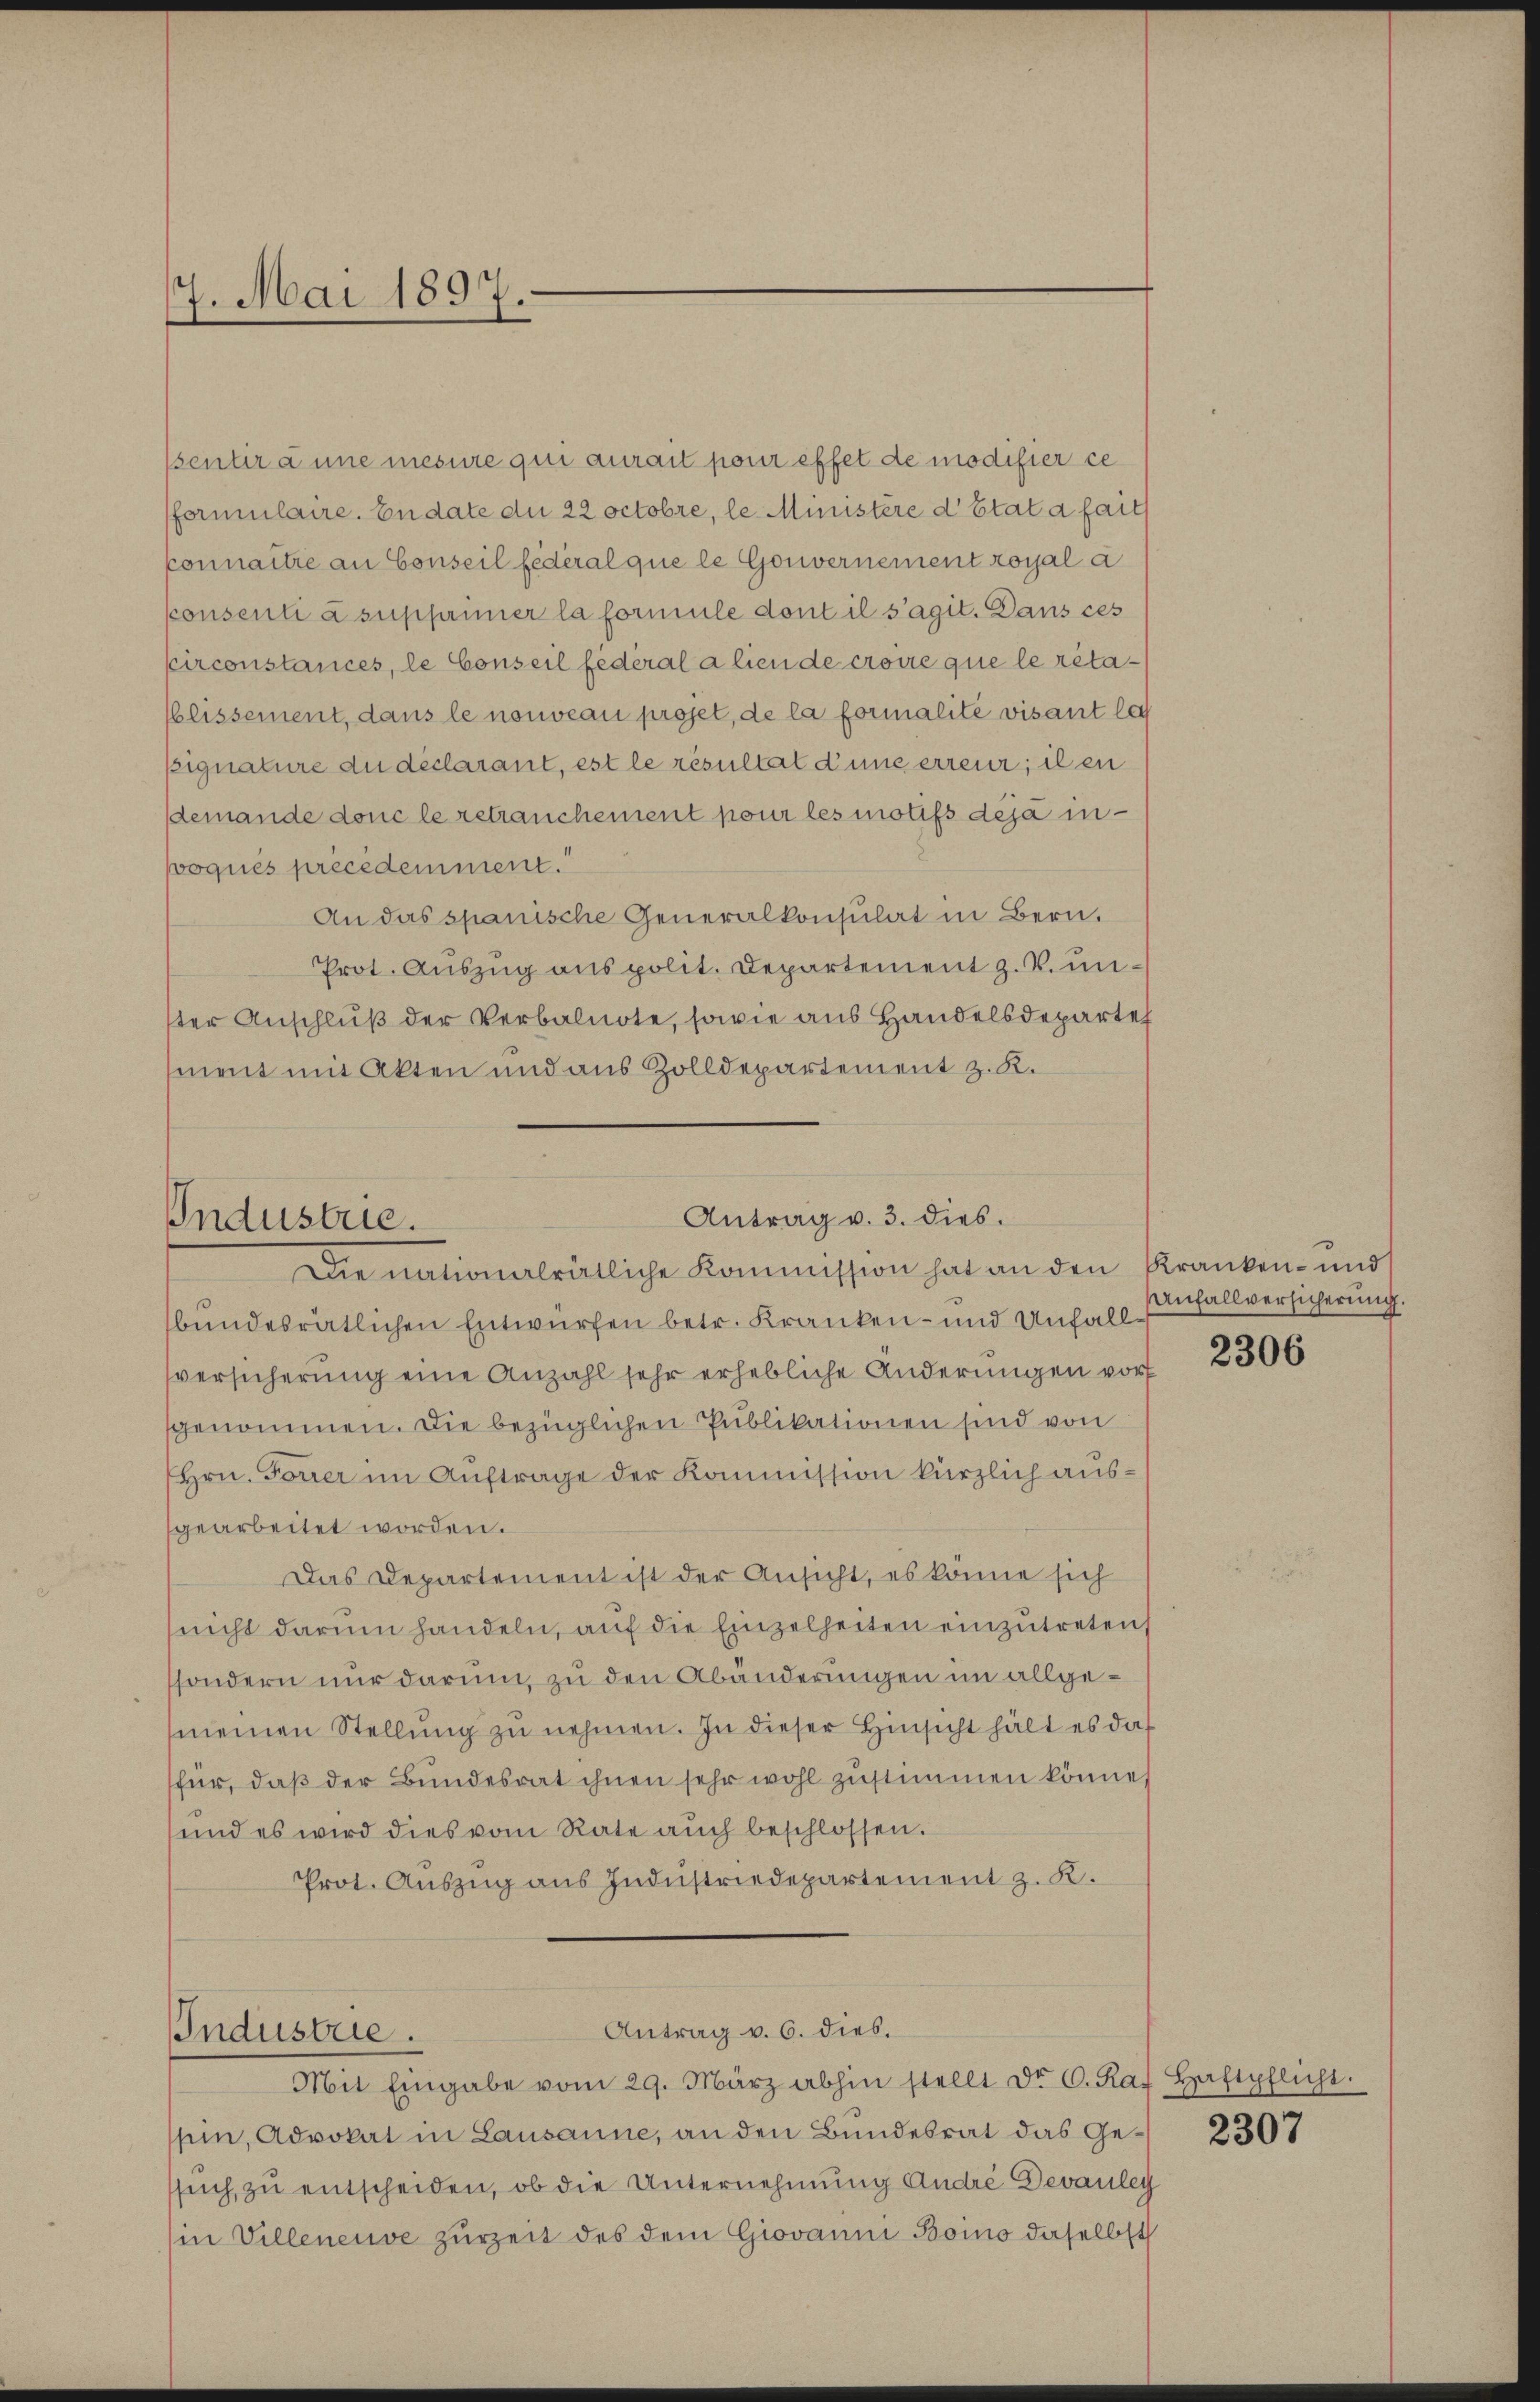
17. Mai 1897.

ssenter a une mesure qui aurait pour effet de modifier ce
formulaire. Endate du 22 octobre, le Ministère d’Etat a faits
Connaitre an Conseil fédéral que le Gouvernement royal a
konsenti à supfanner la formule dont il s’agit. Dans ces
circonstances, le Conseil federal alien de croire que le rétablissement, dans le nouveau proset, de la formalité visant leg
Eignature du déclarant, est le résultat d’une erreur; il en
demande donc le retranchement pour les motifs déjà inpoques precedemment.
An das spanische Generalkonsulat in Bern,
Prot. Auszug aus polit. Departement z. B. unster Anschluß der Verbalnote, sowie aus Handelsdeparte
ment mit Akten und aus Zolldepartement z. K.

Antrag v. 3. dies.
Industrie.
Die nationalrätliche Kommission hat an den Kranken- und

bundesrätlichen Entwürfen betr. Kranken- und Unfallversicherung eine Anzahl sehr erhebliche Änderungen vorf
sgenommen. Die bezüglichen Publikationen sind von
Hrn. Forrer im Auftrage der Kommission kürzlich ausgearbeitet worden.
Das Departement ist der Ansicht, es könne sich
(nicht darum handeln, auf die Einzelheiten einzutreten
sondern nur darum zu den Abänderungen im allgemeinen Stellung zu nehmen. In dieser Hinsicht hält es daß
für, daß der Bundesrat ihnen sehr wohl zustimmen könne,
und es wird dies vom Rate aŭch beschlossen.
Prot. Auszug aus Industriedepartement z. R.
Antrag v. 6. dies.
Industrie.
Mit Eingabe vom 29. März abhin stellt dr. C. Rat Haftpflicht.
sein, Advokat in Lausanne, an den Bundesrat das Gesuch zu entscheiden, ob die Unternehmung Andre Devauley
in Villeneuve zurzeit des dem Giovanni Boino daselbst

Anfallversicherung.

2306

2307